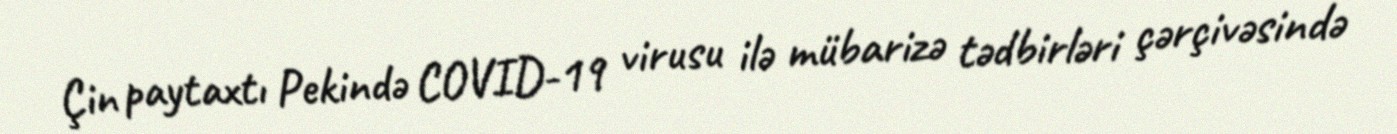
Çin paytaxtı Pekində COVID-19 virusu ilə mübarizə tədbirləri çərçivəsində